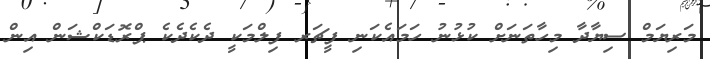
މަރިޔަމް ސިޔާދާ މިހާތަނަށް ކުޅުނު ހަމައެކަނި ފީޗަރ ފިލްމަކީ ދެކެދެކެ ޕްރޮޑަކްޝަން އިން